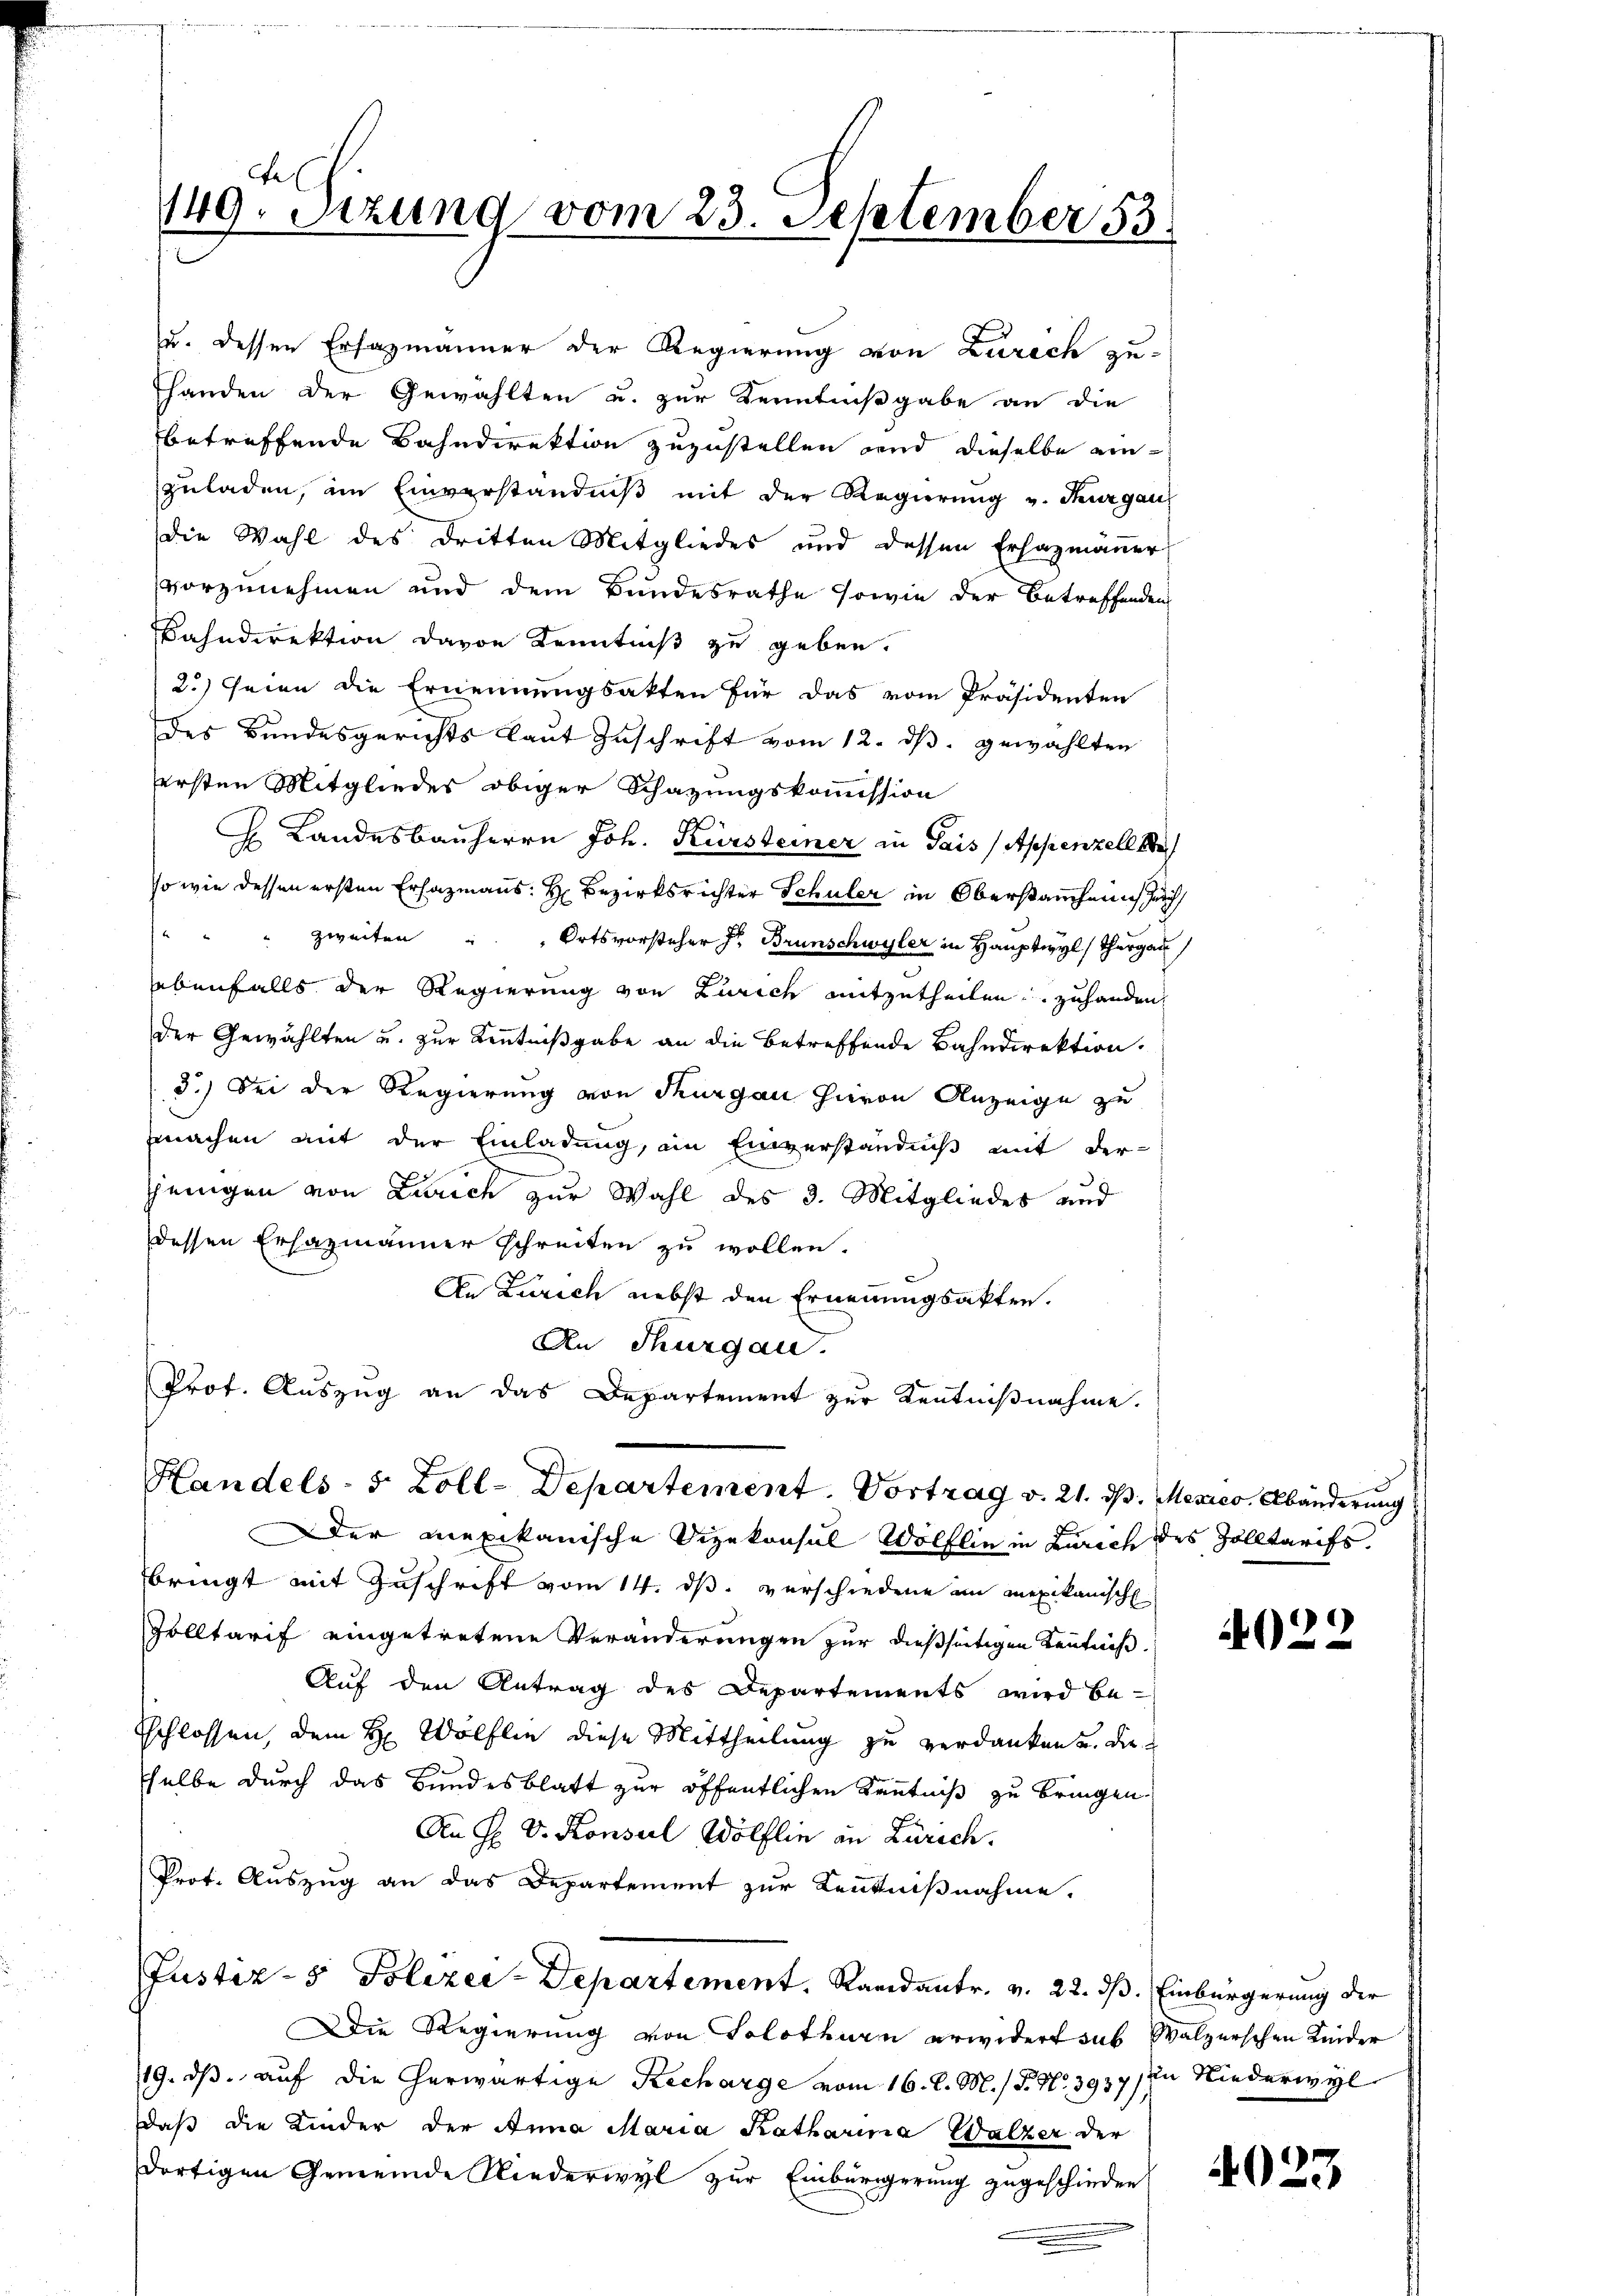
ersten Mitgliedes obiger Schazungskommission
H Landesbauherrn Joh. Kürsteiner in Gais (Appenzell ke
so wie dessen ersten Ersazmanns: Hr. Bezirksrichter Schuler in Oberstanchen Zeich
zweiten Ortsvorsteher Jr. Brunschwyler in Hauptwyl, Thurgau
ebenfalls der Regierung von Zürich mitzutheilen zuhanden,
der Gewählten u. zur Kenntnißgabe an die betreffende Bahndirektion.
3.) Sei der Regierung von Thurgau hievon Anzeige zu
machen mit der Einladung, an Einverständniß mit der-
jjenigen von Zürich zur Wahl des 3. Mitgliedes und
dessen Erhazmänner schreiten zu wollen.
An Zürich nebst den Ernennungsakten.
An Thurgau.
Prot. Auszug an das Departement zur Kentnißnahme.
Handels- 5 Zoll-Departement. Vortrag v. 21. ds. Mexico. Abänderung
Der mexikanische Vizekonsul Wölflin in Zürich des Zolltarifs,
bringt mit Zuschrift vom 14. ds. verschiedene in mexikanische
Solltarif eingetretene Veränderungen zur dießseitigen Kenntniß.
Auf den Antrag des Departements wird be¬
Eschlossen, dem H: Wölflin diese Mittheilung zu verdanken u. die
selbe durch das Bundesblatt zur öffentlichen Kentniß zu bringen.
An H. V. Konseil Wölflin in Zürich.
Prot. Auszug an das Departement zur Kenntnißnahme.
Justiz- & Polizer-Departement. Randantr. v. 22. dß. Einbürgerung der
Die Regierung von Solothurn erwidert sub Walzerschen Kinder
19. ds. auf die herwärtige Recharge vom 16. d. M. / P. Nr. 3937, in Niederwyl
daß die Kinder der Anna Maria Katharina Walzer der
dortigen Gemeinde Niederwyl zur Einbürgerung zugeschieden
.

Fe
149. Setzung vom 23. September 13.

u. dessen Erfazmänner der Regierung von Zürich zu-
handen der Gewählten u. zur Kenntnißgabe an die
betreffende Bahndirektion zuzustellen und dieselbe einzuladen, im Einverständniß mit der Regierung u. Thurgau
die Wahl des dritten Mitgliedes und dessen Erhazmäṅer
vorzunehmen und dem Bundesrathe sowie der betreffenden
Fahndirektion davon Kenntniß zu geben.
2.) Seien die Ernennungsakten für das vom Präsidenten
des Bundesgerichts laut Zuschrift vom 12. ds. gewählten

)
0-

4023